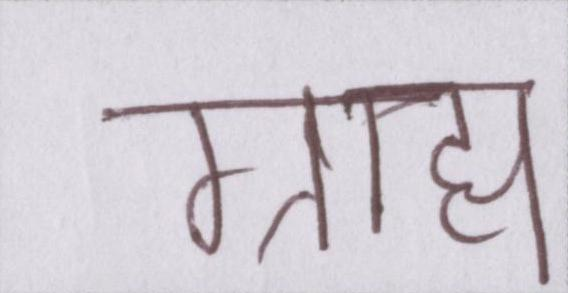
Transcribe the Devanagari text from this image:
ग्राह्य